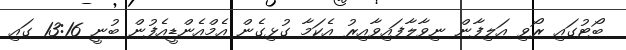
ބޯޓުގައި ރޯވި އަލިފާން ނިވާލާފައިވާއިރު އެކަމާ ގުޅިގެން އެމްއެންޑީއެފުން ބުނީ 13:16 ގައި